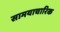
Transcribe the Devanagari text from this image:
सामयाचारिक